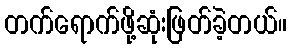
တက်ရောက်ဖို့ဆုံးဖြတ်ခဲ့တယ်။